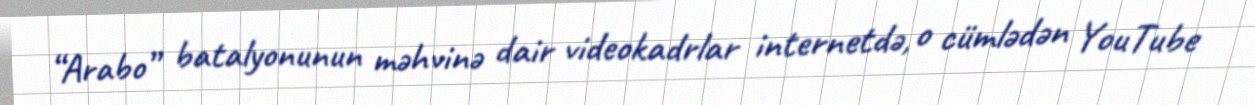
“Arabo” batalyonunun məhvinə dair videokadrlar internetdə, o cümlədən YouTube